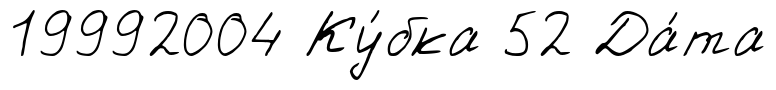
19992004 Ку́бка 52 Да́та